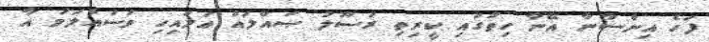
ފަހެ އިންސާނާ އޭނާ ހިތުގައި ކީރިތި ރަސޫލު ޞައްލައް ޢަލައިހި ވަސައްލަމަ އާ